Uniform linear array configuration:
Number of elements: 16
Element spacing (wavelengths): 0.75
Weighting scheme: binomial
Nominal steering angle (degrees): -30
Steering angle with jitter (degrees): -28.903
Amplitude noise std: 0.05
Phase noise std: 0.05

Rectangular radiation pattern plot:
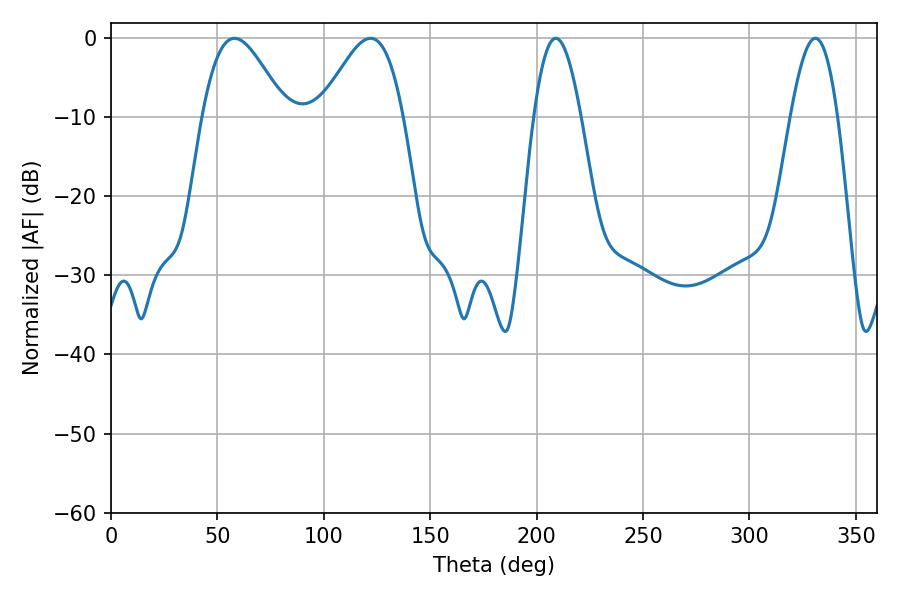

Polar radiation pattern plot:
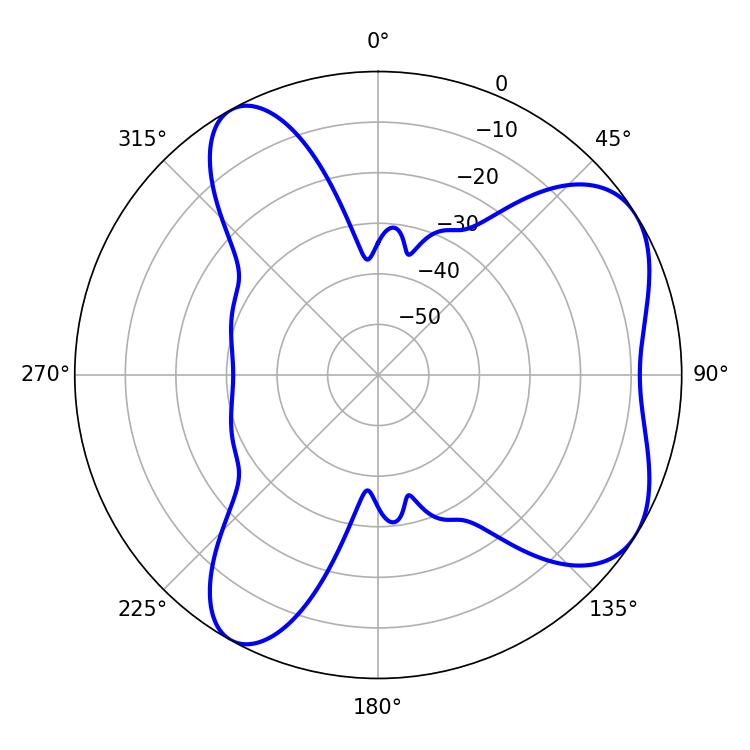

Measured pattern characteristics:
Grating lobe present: TRUE
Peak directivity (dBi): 6.031
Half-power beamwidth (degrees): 12.06
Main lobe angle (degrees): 208.98